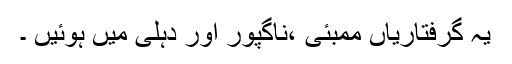
یہ گرفتاریاں ممبئی ،ناگپور اور دہلی میں ہوئیں ۔